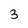
Character: 3